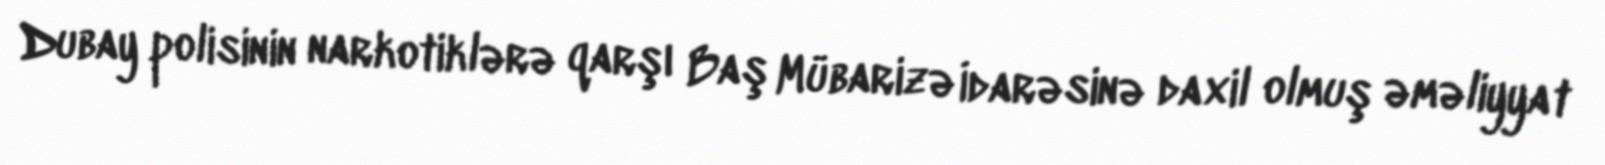
Dubay polisinin narkotiklərə qarşı Baş Mübarizə İdarəsinə daxil olmuş əməliyyat